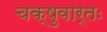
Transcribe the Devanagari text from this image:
चक्षुवार्तः